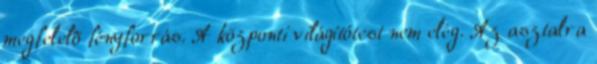
megfelelõ fényforrás. A központi világítótest nem elég. Az asztalra